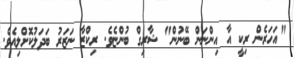
"އަހަރެން ރިކީ އާ އިންނަން ބޭނުން" ޝާރިގް ބުންޏެވެ. ރިކްޒާ ނަޒަރު ބަދަލުކޮށްލިއެވެ.